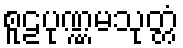
စူဠပုဏ္ဏမသုတ္တံ